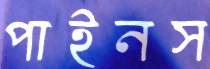
পাইনস